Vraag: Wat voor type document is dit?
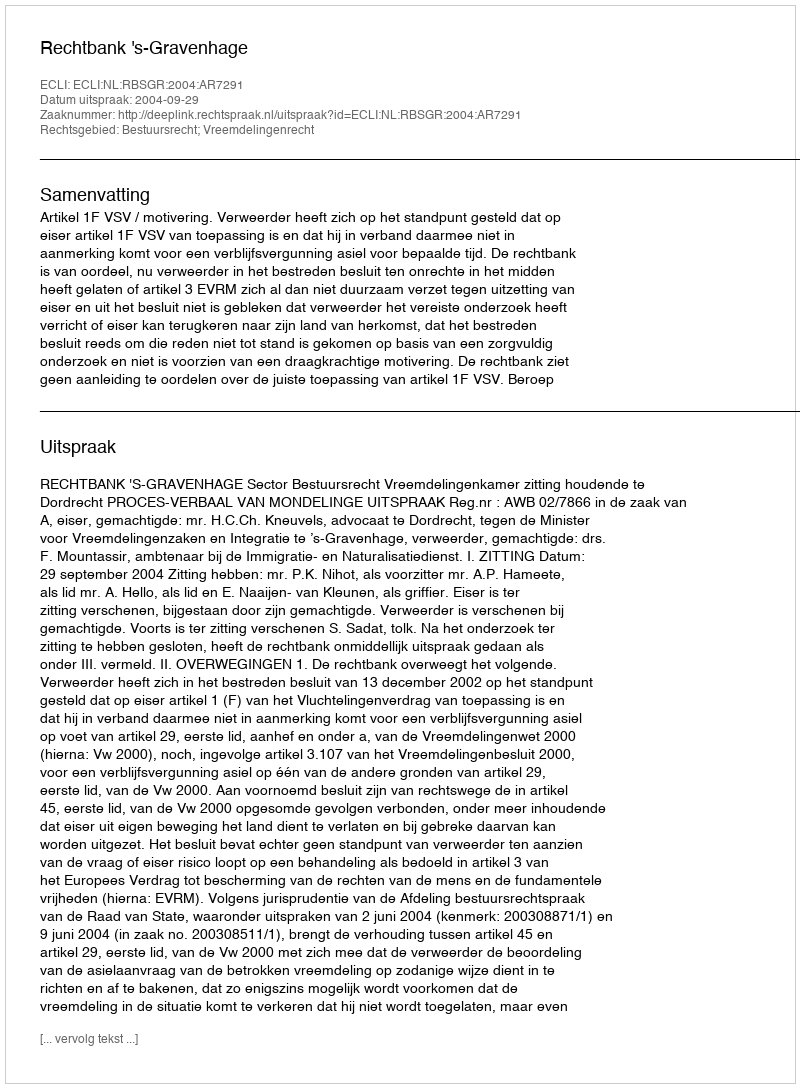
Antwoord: Uitspraak